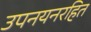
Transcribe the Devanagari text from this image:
उपनयनरहित